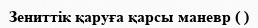
Зениттік қаруға қарсы маневр ( )